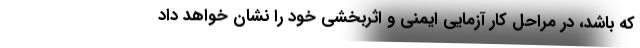
که باشد، در مراحل کار آزمایی ایمنی و اثربخشی خود را نشان خواهد داد